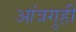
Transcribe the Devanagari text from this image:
आंत्रगुही